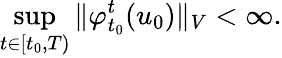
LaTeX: \operatorname*{sup}_{t\in[t_{0},T)}\Vert\varphi_{t_{0}}^{t}(u_{0})\Vert_{V}<\infty.